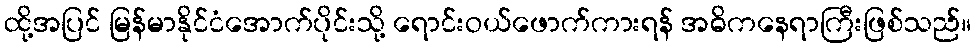
ထို့အပြင် မြန်မာနိုင်ငံအောက်ပိုင်းသို့ ရောင်းဝယ်ဖောက်ကားရန် အဓိကနေရာကြီးဖြစ်သည်။